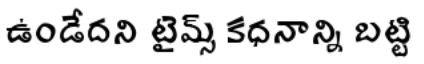
ఉండేదని టైమ్స్ కధనాన్ని బట్టి